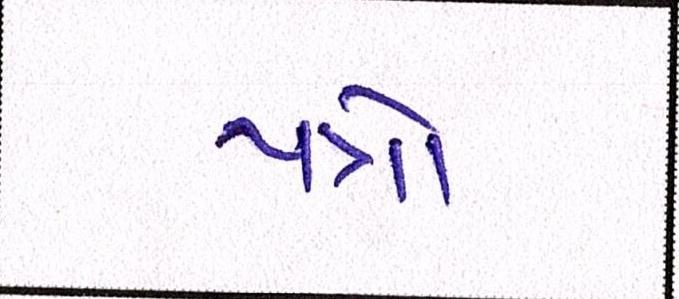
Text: પત્રો